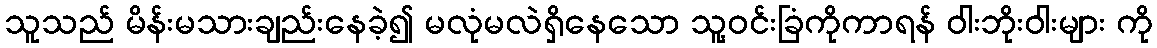
သူသည် မိန်းမသားချည်းနေခဲ့၍ မလုံမလဲရှိနေသော သူ့ဝင်းခြံကိုကာရန် ဝါးဘိုးဝါးများ ကို